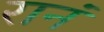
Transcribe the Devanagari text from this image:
रानं